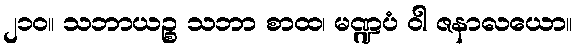
၂၁၀။ သဘာယဉ္စ သဘာ စာထ၊ မဏ္ဍပံ ဝါ ဇနာလယော။